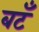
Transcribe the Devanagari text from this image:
बटँ